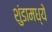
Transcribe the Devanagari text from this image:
शुंडामध्ये